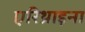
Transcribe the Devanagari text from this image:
एरिथ्राइना